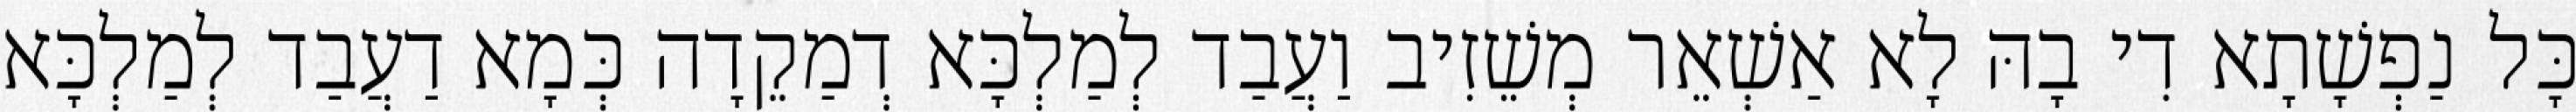
כָּל נַפְשָׁתָא דִי בָהּ לָא אַשְׁאֵר מְשֵׁזִיב וַעֲבַד לְמַלְכָּא דְמַקֵדָה כְּמָא דַעֲבַד לְמַלְכָּא